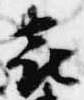
喜